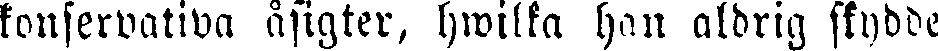
konservativa äsigter, hwilka han aldrig skydde